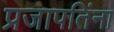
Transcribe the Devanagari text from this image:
प्रजापतिंना